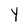
Character: Y